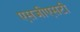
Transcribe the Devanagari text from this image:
एसजीएसटी